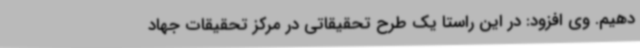
دهیم. وی افزود: در این راستا یک طرح تحقیقاتی در مرکز تحقیقات جهاد